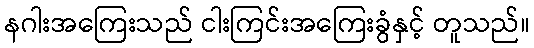
နဂါးအကြေးသည် ငါးကြင်းအကြေးခွံနှင့် တူသည်။